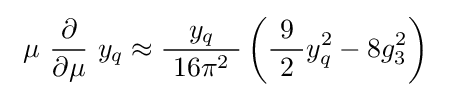
\ \mu \ {\frac {\partial }{\partial \mu }}\ y_{q}\approx {\frac {y_{q}}{\ 16\pi ^{2}\ }}\left({\frac {\ 9\ }{2}}y_{q}^{2}-8g_{3}^{2}\right)\